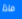
ماذا